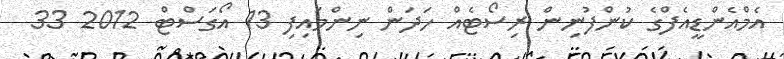
އެމްއެންޑީއެފްގެ ކުންފުނިން ރިސޯޓެއް ހަދަން ނިންމައިފި 13 އޯގަސްޓް 2012 33